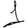
Digit: 1